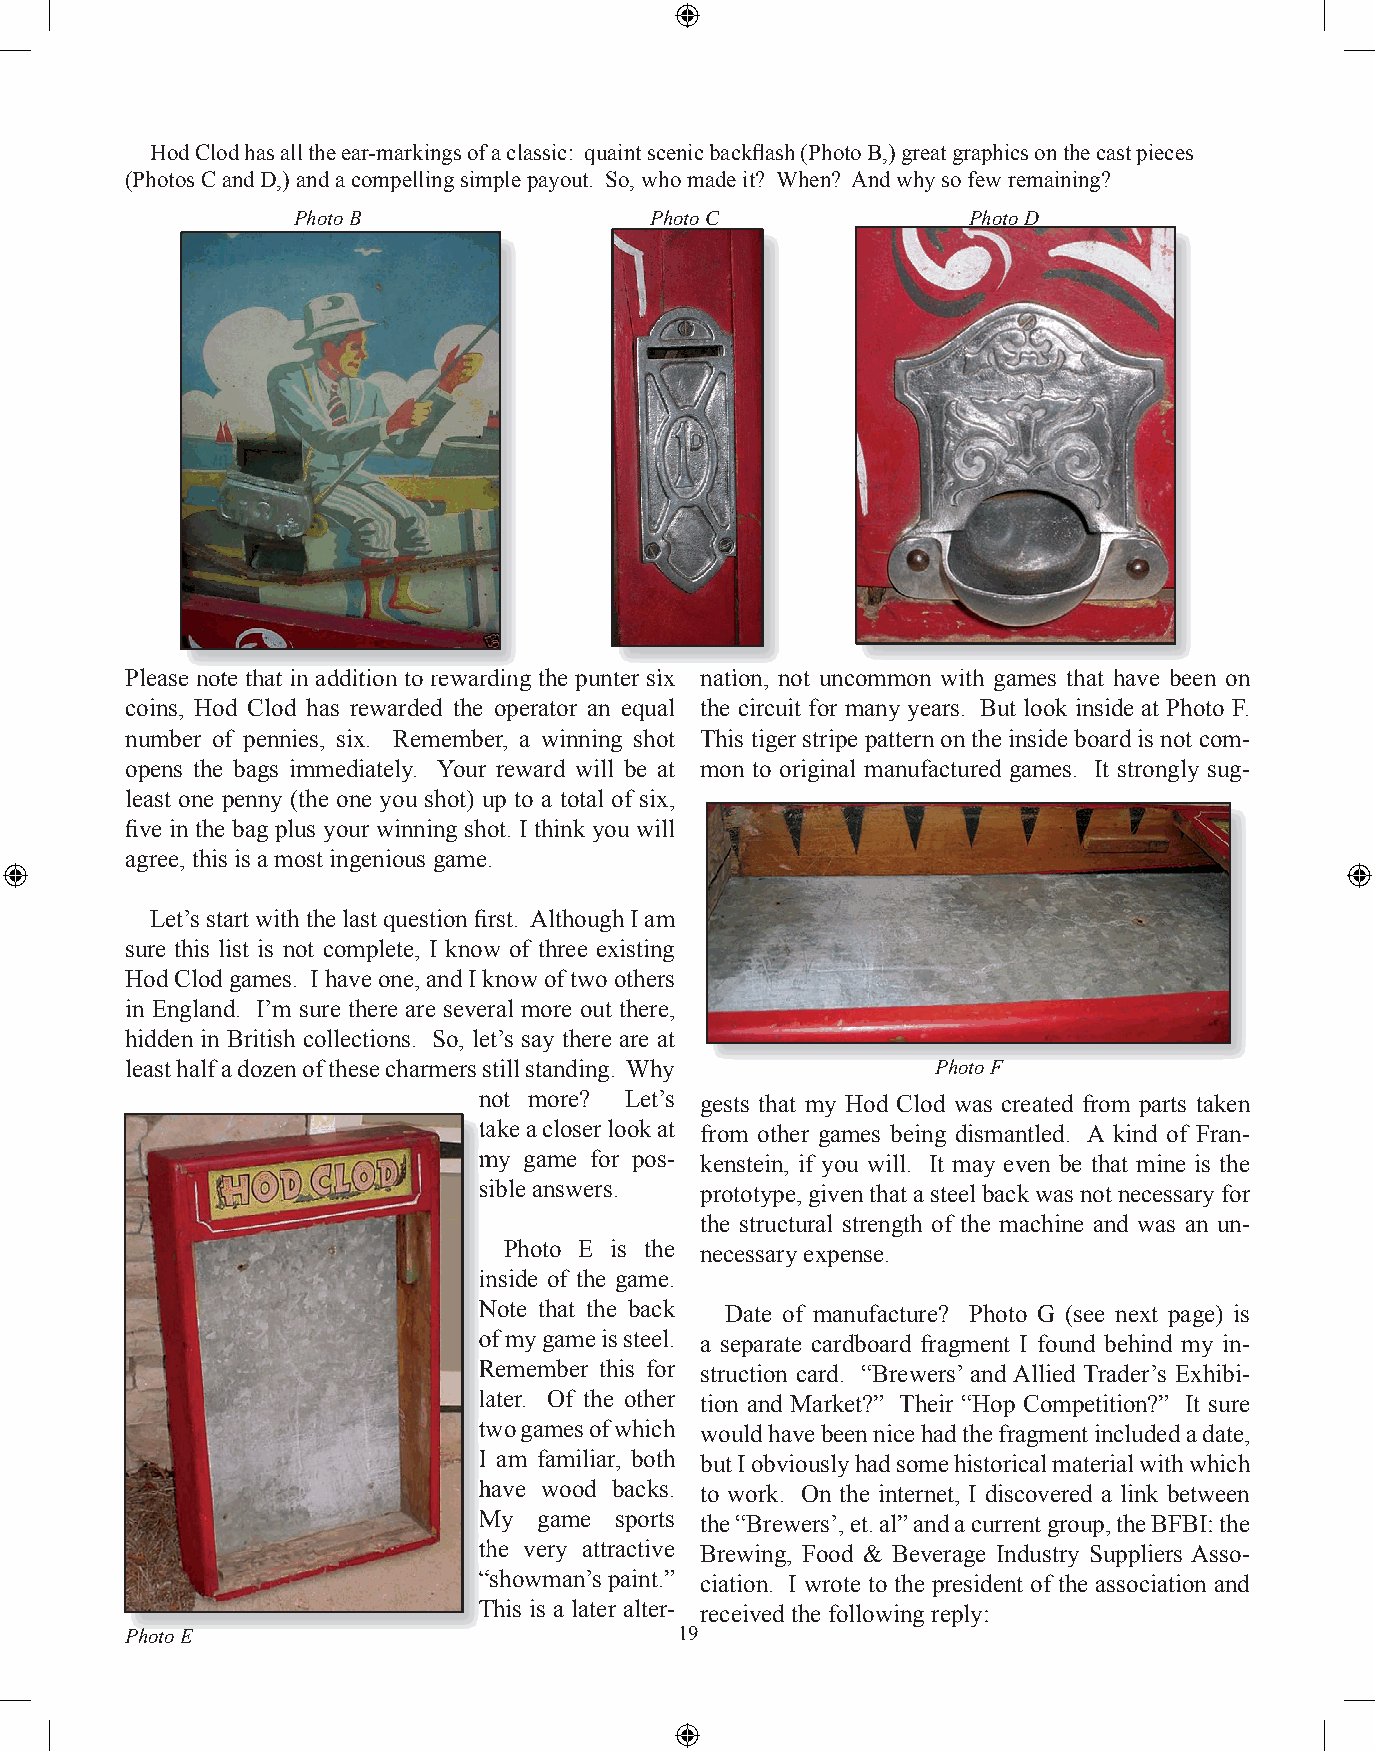
Hod Clod has all the ear-markings of a classic: quaint scenic backfl ash (Photo B,) great graphics on the cast pieces
 (Photos C and D,) and a compelling simple payout. So, who made it? When? And why so few remaining?
 Photo B                 Photo C              Photo D
 PPPllleeeaaassseee nnnooottteee ttthhhaaattt iiinnn aaaddddddiiitttiiiooonnn tttooo rrreeewwwaaarrrdddiiinnnggg ttthhheee pppuuunnnttteeerrr sssiiixxx nnnaaatttiiiooonnn,,, nnnooottt uuunnncccooommmmmmooonnn wwwiiittthhh gggaaammmeeesss ttthhhaaattt hhhaaavvveee bbbeeeeeennn ooonnn
 coins, Hod Clod has rewarded the operator an equal the circuit for many years. But look inside at Photo F.
 number of pennies, six. Remember, a winning shot This tiger stripe pattern on the inside board is not com-
 opens the bags immediately. Your reward will be at mon to original manufactured games. It strongly sug-
 least one penny (the one you shot) up to a total of six,
 fi ve in the bag plus your winning shot. I think you will
 agree, this is a most ingenious game.
 Let’s start with the last question fi rst. Although I am
 sure this list is not complete, I know of three existing
 Hod Clod games. I have one, and I know of two others
 in England. I’m sure there are several more out there,
 hidden in British collections. So, let’s say there are at
 least half a dozen of these charmers still standing. Why Photo F
 not more? Let’s gests that my Hod Clod was created from parts taken
 ttaakkee aa cclloosseerr llooookk aatt from other games being dismantled. A kind of Fran-
 mmyy ggaammee ffoorr ppooss-- kenstein, if you will. It may even be that mine is the
 ssiibbllee aannsswweerrss.. prototype, given that a steel back was not necessary for
 the structural strength of the machine and was an un-
 Photo E is the necessary expense.
 iinnssiiddee ooff tthhee ggaammee..
 NNoottee tthhaatt tthhee bbaacckk Date of manufacture? Photo G (see next page) is
 ooff mmyy ggaammee iiss sstteeeell.. a separate cardboard fragment I found behind my in-
 RReemmeemmbbeerr tthhiiss ffoorr struction card. “Brewers’ and Allied Trader’s Exhibi-
 llaatteerr.. OOff tthhee ootthheerr tion and Market?” Their “Hop Competition?” It sure
 ttwwoo ggaammeess ooff wwhhiicchh would have been nice had the fragment included a date,
 II aamm ffaammiilliiaarr,, bbootthh but I obviously had some historical material with which
 hhaavvee wwoooodd bbaacckkss.. to work. On the internet, I discovered a link between
 MMyy ggaammee ssppoorrttss the “Brewers’, et. al” and a current group, the BFBI: the
 tthhee vveerryy aattttrraaccttiivvee Brewing, Food & Beverage Industry Suppliers Asso-
 ““sshhoowwmmaann’’ss ppaaiinntt..”” ciation. I wrote to the president of the association and
 TThhiiss iiss aa llaatteerr aalltteerr-- received the following reply:
 Photo E                              19